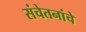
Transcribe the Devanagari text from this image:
संचेतनांचे